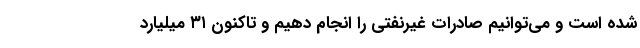
شده است و می‌توانیم صادرات غیرنفتی را انجام دهیم و تاکنون ۳۱ میلیارد